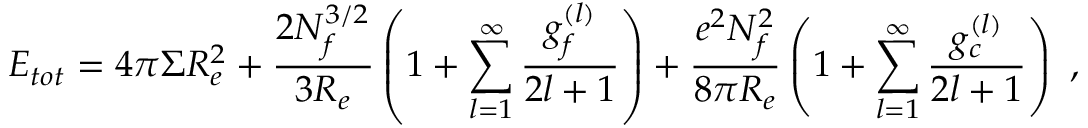
E _ { t o t } = 4 \pi \Sigma R _ { e } ^ { 2 } + \frac { 2 N _ { f } ^ { 3 / 2 } } { 3 R _ { e } } \left( 1 + \sum _ { l = 1 } ^ { \infty } \frac { g _ { f } ^ { ( l ) } } { 2 l + 1 } \right) + \frac { e ^ { 2 } N _ { f } ^ { 2 } } { 8 \pi R _ { e } } \left( 1 + \sum _ { l = 1 } ^ { \infty } \frac { g _ { c } ^ { ( l ) } } { 2 l + 1 } \right) ~ ,